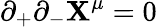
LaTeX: \partial_{+}\partial_{-}\mathbf{X}^{\mu}=0